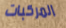
المركبات